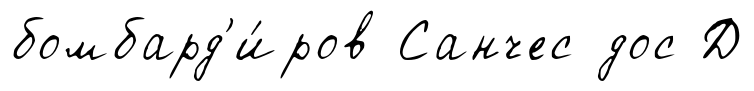
бомбард'и́ров Санчес дос Д